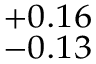
^ { + 0 . 1 6 } _ { - 0 . 1 3 }